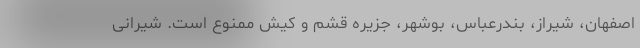
اصفهان، شیراز، بندرعباس، بوشهر، جزیره قشم و کیش ممنوع است. شیرانی